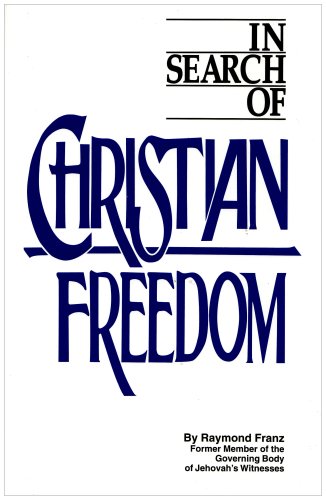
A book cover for In Search of Christian Freedom; Raymond Franz; Christian Books & Bibles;